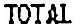
TOTAL